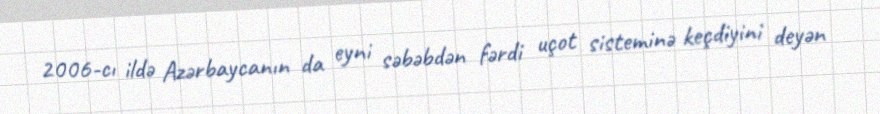
2006-cı ildə Azərbaycanın da eyni səbəbdən fərdi uçot sisteminə keçdiyini deyən